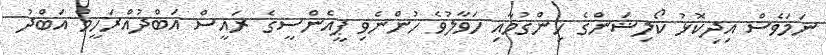
ނަމަވެސް އިދިކޮޅު ކޯލިޝަންގެ ހިންގުމާއި ހަވާލުވެ ހުންނެވި ޕީއެންސީގެ ރައީސް އަބްދުއްރަހީމް އަބްދު